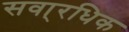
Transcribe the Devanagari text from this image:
सवा्रधिक